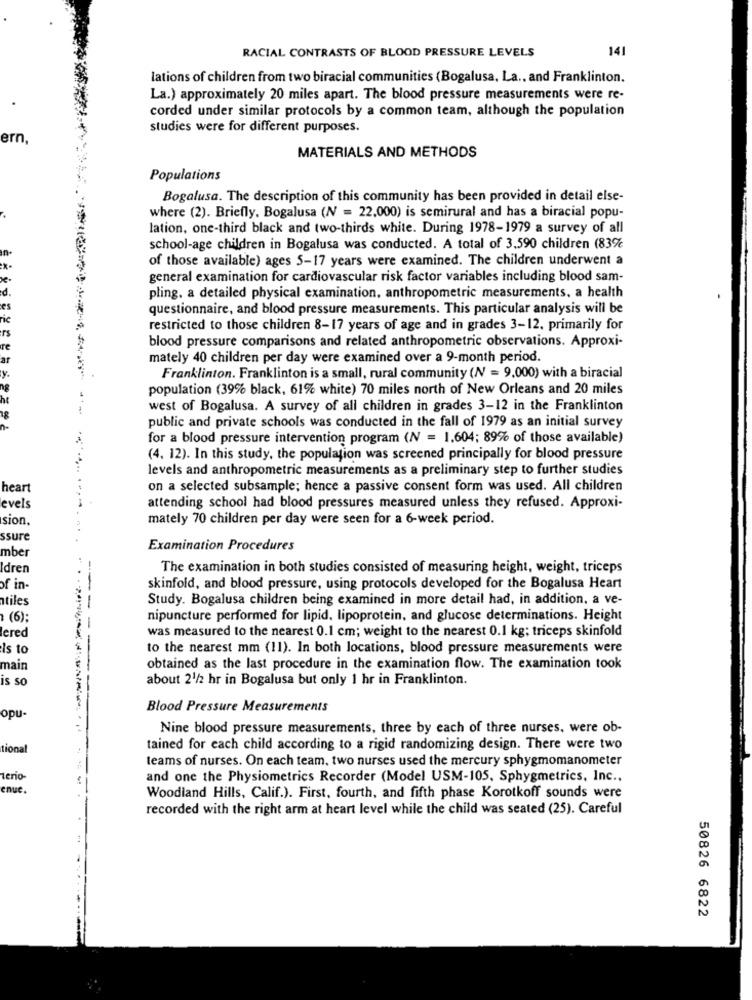
RACIAL CONTRASTS OF BLOOD PRESSURE LEVELS
141
lations of children from two biracial communities (Bogalusa, La ., and Franklinton.
La.) approximately 20 miles apart. The blood pressure measurements were re-
corded under similar protocols by a common team, although the population
studies were for different purposes.
ern,
MATERIALS AND METHODS
Populations
Bogalusa. The description of this community has been provided in detail else-
where (2). Briefly. Bogalusa (N = 22,000) is semirural and has a biracial popu-
lation, one-third black and two-thirds white. During 1978-1979 a survey of all
school-age children in Bogalusa was conducted. A total of 3.590 children (83%
of those available) ages 5-17 years were examined. The children underwent a
general examination for cardiovascular risk factor variables including blood sam-
pling, a detailed physical examination, anthropometric measurements, a health
questionnaire, and blood pressure measurements. This particular analysis will be
restricted to those children 8-17 years of age and in grades 3-12. primarily for
blood pressure comparisons and related anthropometric observations. Approxi-
mately 40 children per day were examined over a 9-month period.
Franklinton. Franklinton is a small, rural community (NV = 9,000) with a biracial
population (39% black, 61% white) 70 miles north of New Orleans and 20 miles
-1-
west of Bogalusa. A survey of all children in grades 3-12 in the Franklinton
public and private schools was conducted in the fall of 1979 as an initial survey
for a blood pressure intervention program (N = 1.604; 89% of those available)
(4. 12). In this study, the population was screened principally for blood pressure
levels and anthropometric measurements as a preliminary step to further studies
heart
on a selected subsample; hence a passive consent form was used. All children
levels
attending school had blood pressures measured unless they refused. Approxi-
sion.
mately 70 children per day were seen for a 6-week period.
ssure
mber
Examination Procedures
Idren
The examination in both studies consisted of measuring height, weight, triceps
of in-
skinfold, and blood pressure, using protocols developed for the Bogalusa Heart
atiles
Study. Bogalusa children being examined in more detail had, in addition, a ve-
(6)
nipuncture performed for lipid, lipoprotein, and glucose determinations. Height
lered
was measured to the nearest 0.1 cm; weight to the nearest 0.1 kg; triceps skinfold
Is to
to the nearest mm (11). In both locations, blood pressure measurements were
mair
obtained as the last procedure in the examination flow. The examination took
is so
about 21/2 hr in Bogalusa but only 1 hr in Franklinton.
Blood Pressure Measurements
opu-
Nine blood pressure measurements, three by each of three nurses, were ob-
tional
tained for each child according to a rigid randomizing design. There were two
teams of nurses. On each team, two nurses used the mercury sphygmomanometer
terio
and one the Physiometrics Recorder (Model USM-105, Sphygmetrics, Inc .,
nuc.
Woodland Hills, Calif.). First, fourth, and fifth phase Korotkoff sounds were
recorded with the right arm at heart level while the child was seated (25). Careful
50826 6822